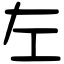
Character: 左